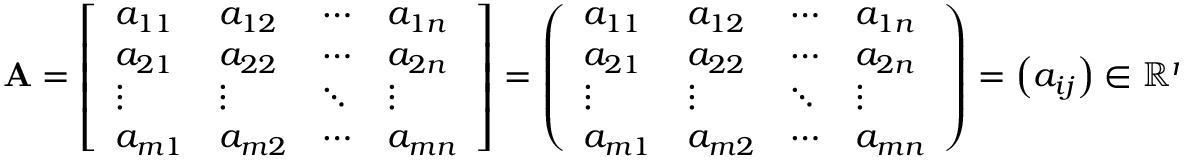
\mathbf { A } = { \left[ \begin{array} { l l l l } { a _ { 1 1 } } & { a _ { 1 2 } } & { \cdots } & { a _ { 1 n } } \\ { a _ { 2 1 } } & { a _ { 2 2 } } & { \cdots } & { a _ { 2 n } } \\ { \vdots } & { \vdots } & { \ddots } & { \vdots } \\ { a _ { m 1 } } & { a _ { m 2 } } & { \cdots } & { a _ { m n } } \end{array} \right] } = { \left( \begin{array} { l l l l } { a _ { 1 1 } } & { a _ { 1 2 } } & { \cdots } & { a _ { 1 n } } \\ { a _ { 2 1 } } & { a _ { 2 2 } } & { \cdots } & { a _ { 2 n } } \\ { \vdots } & { \vdots } & { \ddots } & { \vdots } \\ { a _ { m 1 } } & { a _ { m 2 } } & { \cdots } & { a _ { m n } } \end{array} \right) } = \left( a _ { i j } \right) \in \mathbb { R } ^ { m \times n } .